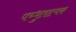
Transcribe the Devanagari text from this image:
पच्भुतात्मक